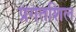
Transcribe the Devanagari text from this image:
प्रगतशिल